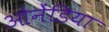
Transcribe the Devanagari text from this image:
ओनेंडिया